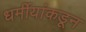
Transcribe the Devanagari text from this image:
धर्मीयांकडून